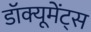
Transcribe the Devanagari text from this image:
डॉक्यूमेंट्स